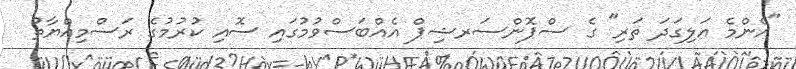
"އެންމެ އަލިގަދަ ތަރި" ގެ ސްޕޮންސަރޝިޕް އެއްބަސްވުމުގައި ސޮއި ކުރުމުގެ ރަސްމިއްޔާތު